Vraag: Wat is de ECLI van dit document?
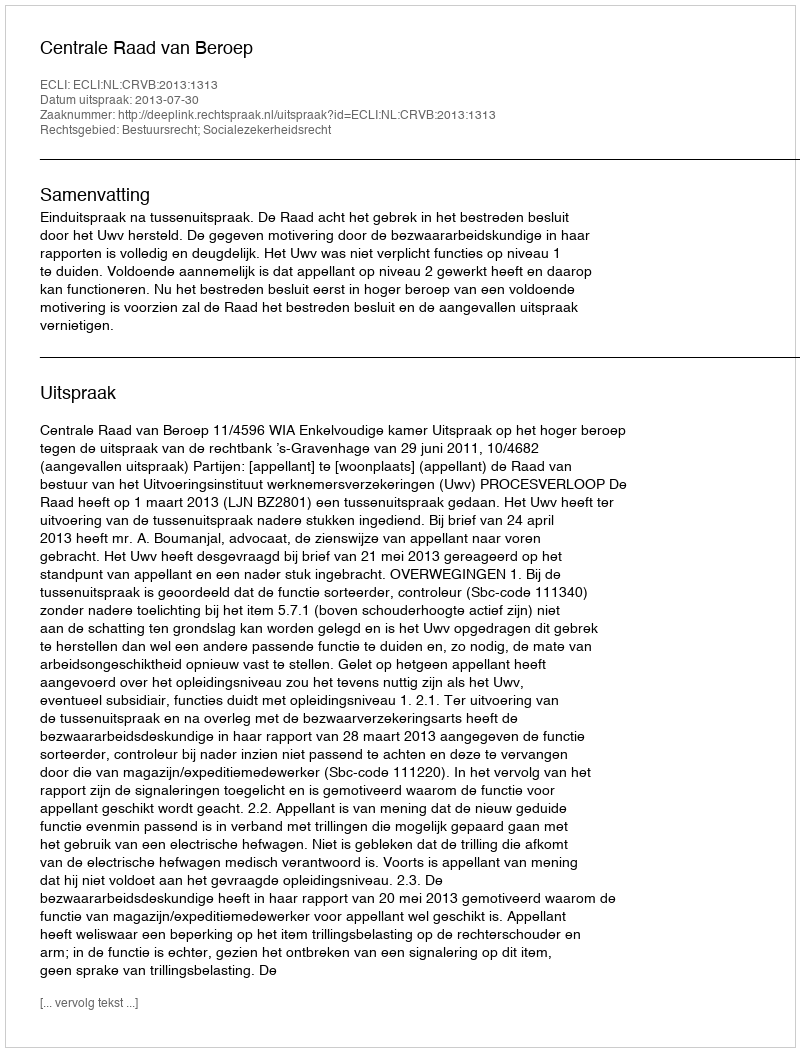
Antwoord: ECLI:NL:CRVB:2013:1313